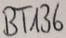
Text: BT136